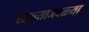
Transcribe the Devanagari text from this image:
खळ्याजवळ्या